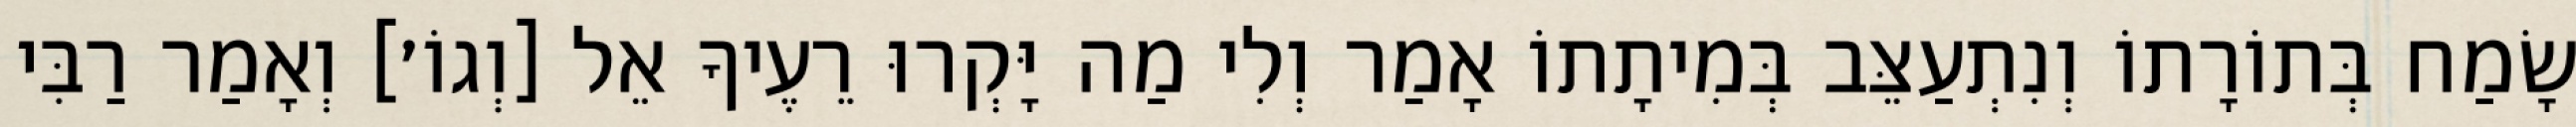
שָׂמַח בְּתוֹרָתוֹ וְנִתְעַצֵּב בְּמִיתָתוֹ אָמַר וְלִי מַה יָּקְרוּ רֵעֶיךָ אֵל [וְגוֹ׳] וְאָמַר רַבִּי